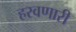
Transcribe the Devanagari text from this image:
हरवणारी